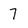
Character: 7